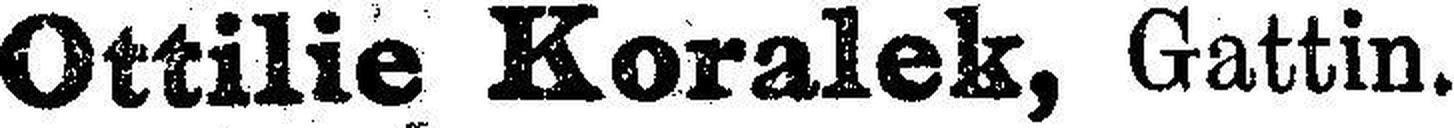
Ottilie Koralek, Gattin.